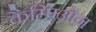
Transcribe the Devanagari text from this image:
कैम्पिओन